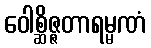
ဝေါစ္ဆိဇ္ဇတာရမ္မဏံ